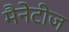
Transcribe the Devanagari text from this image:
मैनेटीज